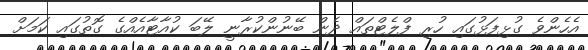
އެހެންވެ ގުޅިފަޅުގައި ހުރި ފްލެޓްތައް ދެން ބޭނުންކުރާނީ ލޭބަ ކުއާޓާއެއްގެ ގޮތުގައި ކަމަށް